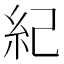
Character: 紀